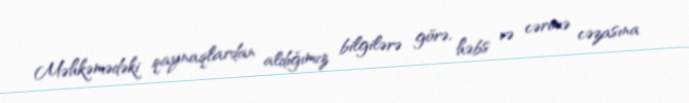
Məhkəmədəki qaynaqlardan aldığımız bilgilərə görə, həbs və cərimə cəzasına